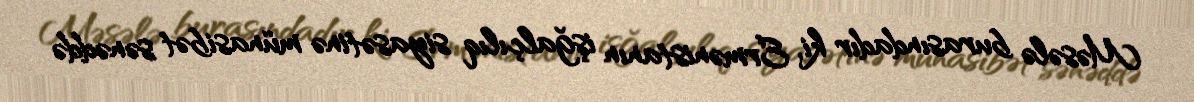
Məsələ burasındadır ki, Ermənistanın işğalçılıq siyasətinə münasibət sənəddə